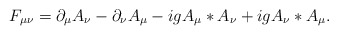
\begin{align*}F_{\mu \nu} = \partial_\mu A_\nu - \partial_\nu A_\mu -ig A_\mu \ast A_\nu +ig A_\nu \ast A_\mu.\end{align*}